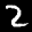
Label: 2